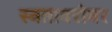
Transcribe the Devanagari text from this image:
स्वताबरोबर